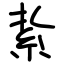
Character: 紥